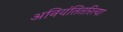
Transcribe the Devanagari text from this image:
अनियंतितरित्या